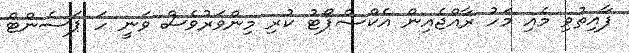
ފާއިތުވި މެއި މަހު ރާއްޖެއިން އެކްސްޕޯޓު ކުރި މިންވަރުވެސް ވަނީ ހަ ޕަސެންޓް